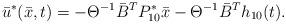
LaTeX: \begin{align*} \bar{u}^{*}(\bar{x},t)=-\Theta^{- 1}\bar{B}^{T}P_{1 0}^{*}\bar{x}-\Theta^{-1}\bar{B}^{T}h_{1 0}(t).\end{align*}